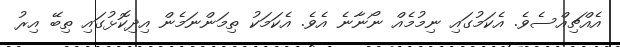
އެއްޗިއްސެވެ. އެކަމުގައި ނިމުމެއް ނޯނާނެ އެވެ. އެކަމަކު ތިމަންނަމެން އިދިކޮޅުގައި ތިބޭ އިރު